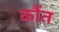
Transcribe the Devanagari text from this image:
कौंत